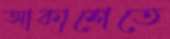
আকাশেতে